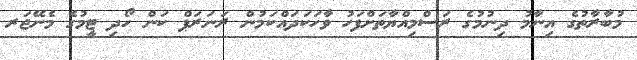
މުބާރާތުގެ އިނާމު ދިނުމުގެ ރަސްމިއްޔާތަށްފަހު ވާހަކަދައްކަމުން ރަނަރަަޕް ކަން ހޯދި ޓީމުގެ މެނޭޖަރ